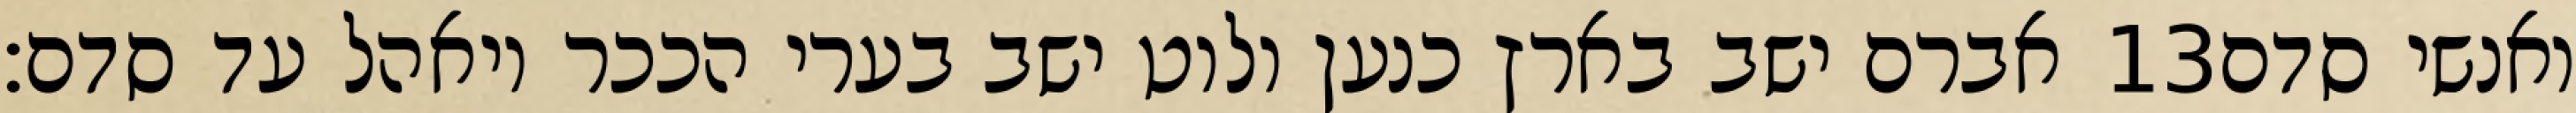
אברם ישב בארץ כנען ולוט ישב בערי הככר ויאהל עד סדם׃ ‎13‏ ואנשי סדם